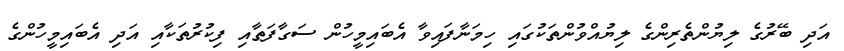
އަދި ބޭރުގެ ލިޔުންތެރިންގެ ލިޔުއްވުންތަކުގައި ހިމަނާފައިވާ އެބައިމީހުން ސަގާފަތާއި ފިކުރުތަކާއި އަދި އެބައިމީހުންގެ